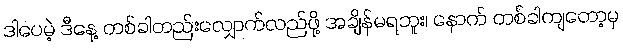
ဒါပေမဲ့ ဒီနေ့ တစ်ခါတည်းလျှောက်လည်ဖို့ အချိန်မရဘူး၊ နောက် တစ်ခါကျတော့မှ